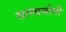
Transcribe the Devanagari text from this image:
साम्ययोगी